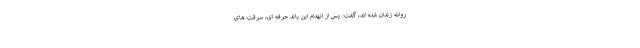
روانه زندان شده اند، گفت: پس از انهدام این باند حرفه ای، سرقت های